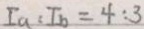
I _ { a } : I _ { b } = 4 : 3